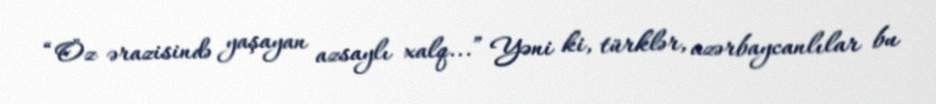
“Öz ərazisində yaşayan azsaylı xalq...” Yəni ki, türklər, azərbaycanlılar bu